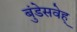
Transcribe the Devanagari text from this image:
बुंडेसवेह्